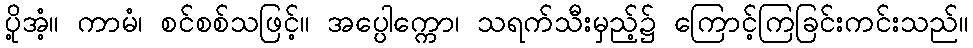
ပို့အံ့။ ကာမံ၊ စင်စစ်သဖြင့်။ အပ္ပေါက္ကော၊ သရက်သီးမှည့်၌ ကြောင့်ကြခြင်းကင်းသည်။